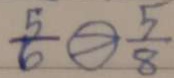
\frac { 5 } { 6 } \textcircled { > } \frac { 5 } { 8 }